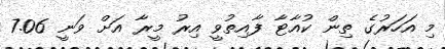
މި އަހަރުގެ ތިން ކުއާޓާ ފާއިތުވީ އިރު މީރާ އަށް ވަނީ 7.06